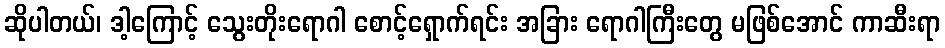
ဆိုပါတယ်၊ ဒါ့ကြောင့် သွေးတိုးရောဂါ စောင့်ရှောက်ရင်း အခြား ရောဂါကြီးတွေ မဖြစ်အောင် ကာဆီးရာ